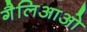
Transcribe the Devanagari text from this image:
गैलिआओ